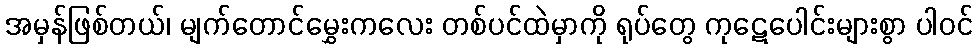
အမှန်ဖြစ်တယ်၊ မျက်တောင်မွှေးကလေး တစ်ပင်ထဲမှာကို ရုပ်တွေ ကုဋေပေါင်းများစွာ ပါဝင်